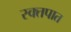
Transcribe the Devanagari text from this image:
रक्‍तपात